Scottish Certificate of Education, 1962
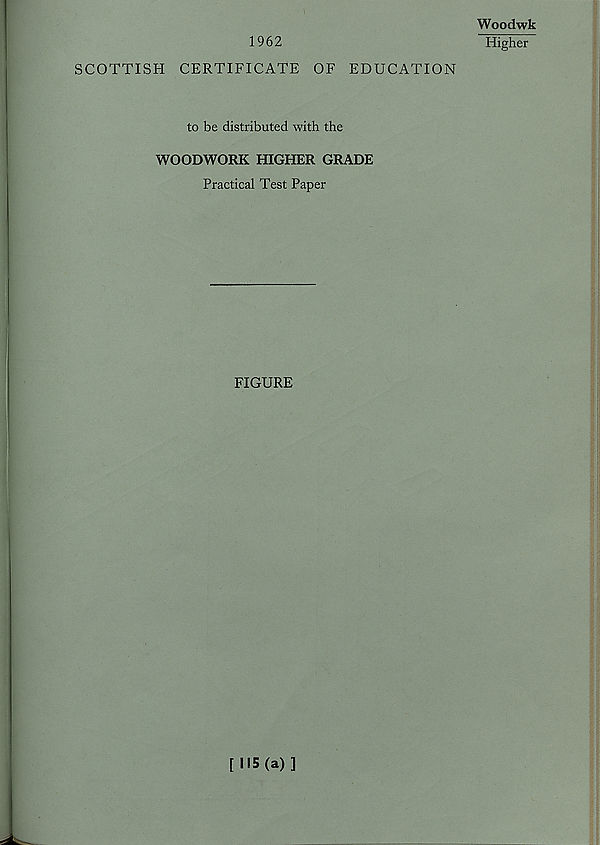
1962
SCOTTISH CERTIFICATE OF EDUCATION
to be distributed with the
WOODWORK HIGHER GRADE
Practical Test Paper
FIGURE
Woodwk
Higher
[115(a)]